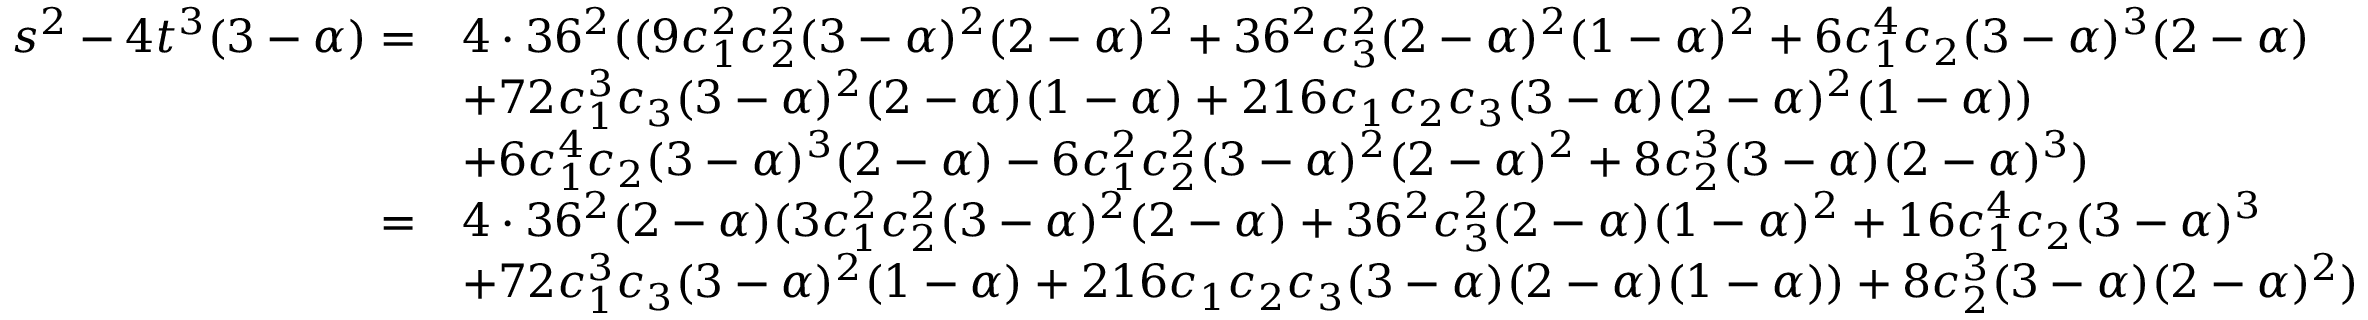
\begin{array} { r l } { s ^ { 2 } - 4 t ^ { 3 } ( 3 - \alpha ) = } & { 4 \cdot 3 6 ^ { 2 } ( ( 9 c _ { 1 } ^ { 2 } c _ { 2 } ^ { 2 } ( 3 - \alpha ) ^ { 2 } ( 2 - \alpha ) ^ { 2 } + 3 6 ^ { 2 } c _ { 3 } ^ { 2 } ( 2 - \alpha ) ^ { 2 } ( 1 - \alpha ) ^ { 2 } + 6 c _ { 1 } ^ { 4 } c _ { 2 } ( 3 - \alpha ) ^ { 3 } ( 2 - \alpha ) } \\ & { + 7 2 c _ { 1 } ^ { 3 } c _ { 3 } ( 3 - \alpha ) ^ { 2 } ( 2 - \alpha ) ( 1 - \alpha ) + 2 1 6 c _ { 1 } c _ { 2 } c _ { 3 } ( 3 - \alpha ) ( 2 - \alpha ) ^ { 2 } ( 1 - \alpha ) ) } \\ & { + 6 c _ { 1 } ^ { 4 } c _ { 2 } ( 3 - \alpha ) ^ { 3 } ( 2 - \alpha ) - 6 c _ { 1 } ^ { 2 } c _ { 2 } ^ { 2 } ( 3 - \alpha ) ^ { 2 } ( 2 - \alpha ) ^ { 2 } + 8 c _ { 2 } ^ { 3 } ( 3 - \alpha ) ( 2 - \alpha ) ^ { 3 } ) } \\ { = } & { 4 \cdot 3 6 ^ { 2 } ( 2 - \alpha ) ( 3 c _ { 1 } ^ { 2 } c _ { 2 } ^ { 2 } ( 3 - \alpha ) ^ { 2 } ( 2 - \alpha ) + 3 6 ^ { 2 } c _ { 3 } ^ { 2 } ( 2 - \alpha ) ( 1 - \alpha ) ^ { 2 } + 1 6 c _ { 1 } ^ { 4 } c _ { 2 } ( 3 - \alpha ) ^ { 3 } } \\ & { + 7 2 c _ { 1 } ^ { 3 } c _ { 3 } ( 3 - \alpha ) ^ { 2 } ( 1 - \alpha ) + 2 1 6 c _ { 1 } c _ { 2 } c _ { 3 } ( 3 - \alpha ) ( 2 - \alpha ) ( 1 - \alpha ) ) + 8 c _ { 2 } ^ { 3 } ( 3 - \alpha ) ( 2 - \alpha ) ^ { 2 } ) } \end{array}